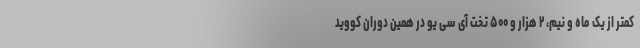
کمتر از یک ماه و نیم، ۲ هزار و ۵۰۰ تخت آی سی یو در همین دوران کووید